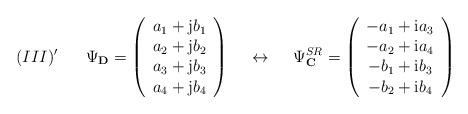
LaTeX: \begin{align*}(III)' \hspace{7mm} \Psi_{\bf D} =\left(\begin{array}{c}a_1 +{\rm j}b_1 \\a_2 +{\rm j}b_2 \\a_3 +{\rm j}b_3 \\a_4 +{\rm j}b_4\end{array}\right) \hspace{5mm} \leftrightarrow \hspace{5mm}\Psi^{SR}_{\bf C} =\left(\begin{array}{c}-a_1+{\rm i}a_3 \\-a_2+{\rm i}a_4 \\-b_1+{\rm i}b_3 \\-b_2+{\rm i}b_4\end{array}\right)\end{align*}